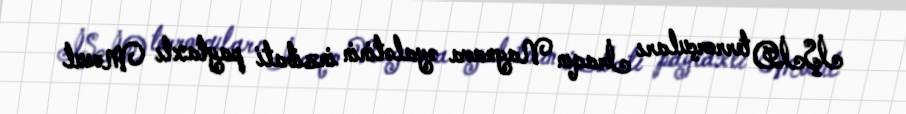
İŞİD terrorçuları İraqın Naynava əyalətinin inzibati paytaxtı Mosul